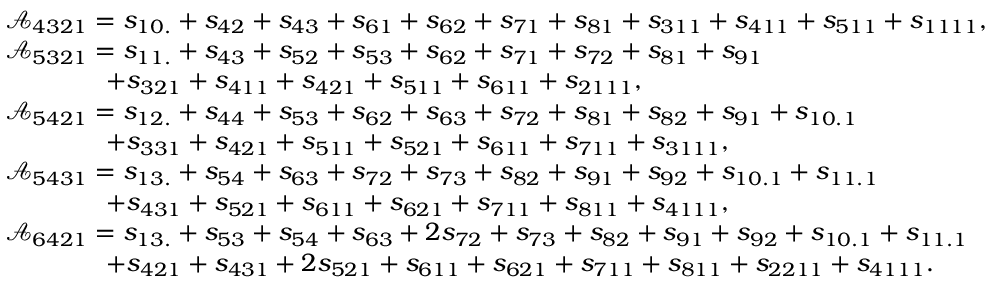
\begin{array} { r l } & { \mathcal { A } _ { 4 3 2 1 } = s _ { 1 0 . } + s _ { 4 2 } + s _ { 4 3 } + s _ { 6 1 } + s _ { 6 2 } + s _ { 7 1 } + s _ { 8 1 } + s _ { 3 1 1 } + s _ { 4 1 1 } + s _ { 5 1 1 } + s _ { 1 1 1 1 } , } \\ & { \mathcal { A } _ { 5 3 2 1 } = s _ { 1 1 . } + s _ { 4 3 } + s _ { 5 2 } + s _ { 5 3 } + s _ { 6 2 } + s _ { 7 1 } + s _ { 7 2 } + s _ { 8 1 } + s _ { 9 1 } } \\ & { \qquad \qquad + s _ { 3 2 1 } + s _ { 4 1 1 } + s _ { 4 2 1 } + s _ { 5 1 1 } + s _ { 6 1 1 } + s _ { 2 1 1 1 } , } \\ & { \mathcal { A } _ { 5 4 2 1 } = s _ { 1 2 . } + s _ { 4 4 } + s _ { 5 3 } + s _ { 6 2 } + s _ { 6 3 } + s _ { 7 2 } + s _ { 8 1 } + s _ { 8 2 } + s _ { 9 1 } + s _ { 1 0 . 1 } } \\ & { \qquad \qquad + s _ { 3 3 1 } + s _ { 4 2 1 } + s _ { 5 1 1 } + s _ { 5 2 1 } + s _ { 6 1 1 } + s _ { 7 1 1 } + s _ { 3 1 1 1 } , } \\ & { \mathcal { A } _ { 5 4 3 1 } = s _ { 1 3 . } + s _ { 5 4 } + s _ { 6 3 } + s _ { 7 2 } + s _ { 7 3 } + s _ { 8 2 } + s _ { 9 1 } + s _ { 9 2 } + s _ { 1 0 . 1 } + s _ { 1 1 . 1 } } \\ & { \qquad \qquad + s _ { 4 3 1 } + s _ { 5 2 1 } + s _ { 6 1 1 } + s _ { 6 2 1 } + s _ { 7 1 1 } + s _ { 8 1 1 } + s _ { 4 1 1 1 } , } \\ & { \mathcal { A } _ { 6 4 2 1 } = s _ { 1 3 . } + s _ { 5 3 } + s _ { 5 4 } + s _ { 6 3 } + 2 s _ { 7 2 } + s _ { 7 3 } + s _ { 8 2 } + s _ { 9 1 } + s _ { 9 2 } + s _ { 1 0 . 1 } + s _ { 1 1 . 1 } } \\ & { \qquad \qquad + s _ { 4 2 1 } + s _ { 4 3 1 } + 2 s _ { 5 2 1 } + s _ { 6 1 1 } + s _ { 6 2 1 } + s _ { 7 1 1 } + s _ { 8 1 1 } + s _ { 2 2 1 1 } + s _ { 4 1 1 1 } . } \end{array}